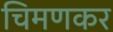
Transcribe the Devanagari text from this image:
चिमणकर